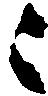
々